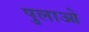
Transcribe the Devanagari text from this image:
पुलाओ